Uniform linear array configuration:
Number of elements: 48
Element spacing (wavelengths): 1
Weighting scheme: hamming
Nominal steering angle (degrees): -30
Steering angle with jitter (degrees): -29.614
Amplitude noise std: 0.05
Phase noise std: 0.05

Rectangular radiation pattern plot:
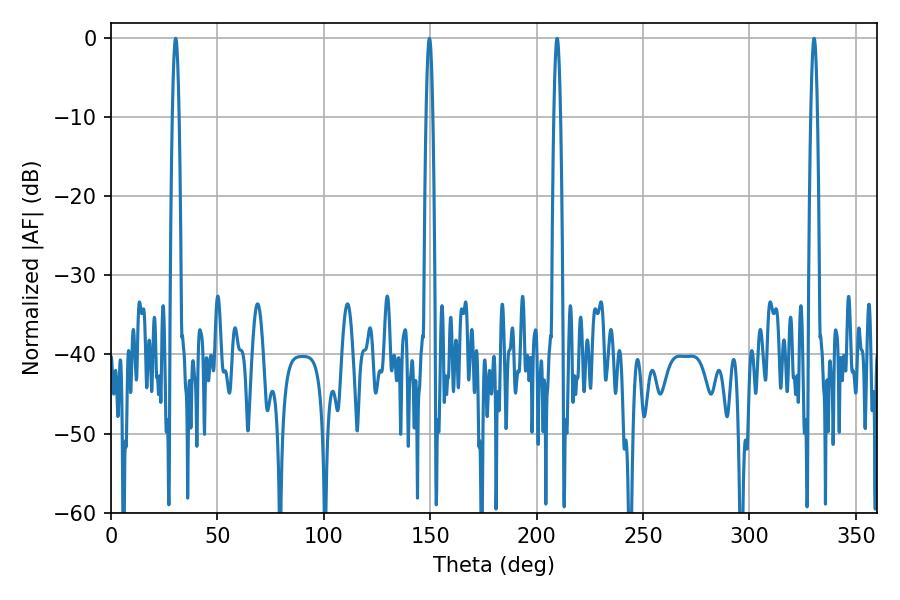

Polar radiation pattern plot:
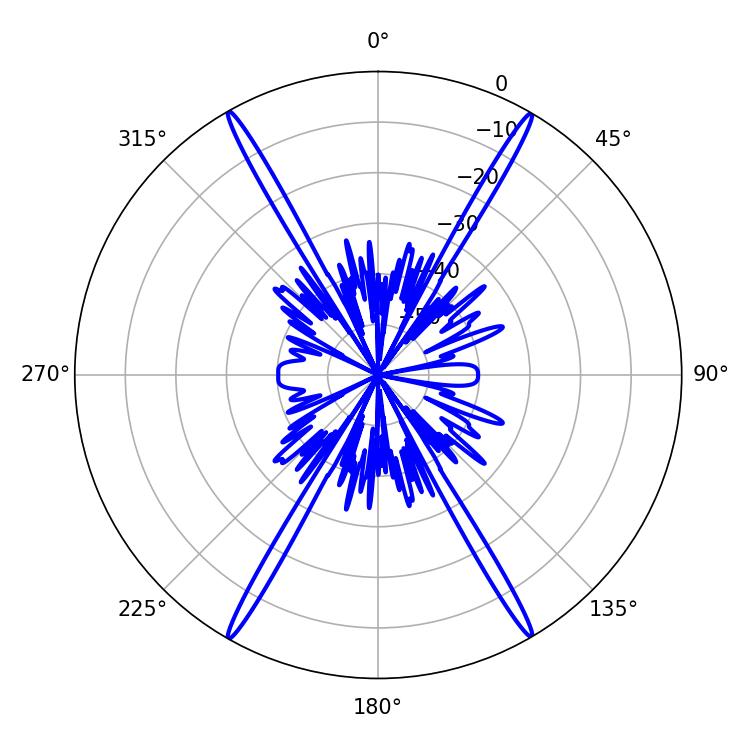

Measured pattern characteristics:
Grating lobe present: TRUE
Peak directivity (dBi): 32.84
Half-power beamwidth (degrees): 1.62
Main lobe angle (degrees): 30.42